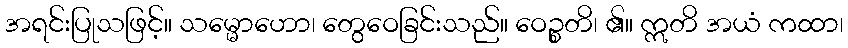
အရင်းပြုသဖြင့်။ သမ္မောဟော၊ တွေဝေခြင်းသည်။ ဝေဉ္စတိ၊ ၏။ ဣတိ အယံ ကထာ၊